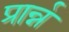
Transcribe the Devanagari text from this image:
प्रार्न्न